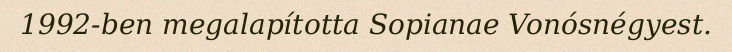
1992-ben megalapította Sopianae Vonósnégyest.